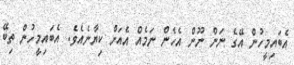
އެބައިމީހުން އޭގެ ނަން ނޫން އެހެން ނަމެއް އެއަށް ކިޔާނެއެވެ. އެބައިމީހުން ތިބޭ